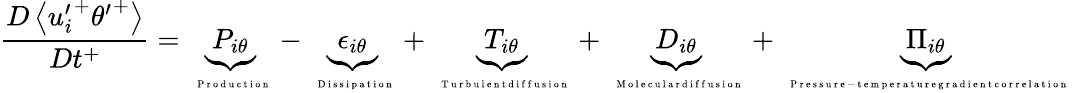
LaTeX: \frac{D\left<{u_{i}^{\prime}}^{+}{\theta^{\prime}}^{+}\right>}{Dt^{+}}=\underbrace{P_{i\theta}}_{\mathrm{~\tiny~{~P~r~o~d~u~c~t~i~o~n~}~}}-\underbrace{\epsilon_{i\theta}}_{\mathrm{~\tiny~{~D~i~s~s~i~p~a~t~i~o~n~}~}}+\underbrace{T_{i\theta}}_{\mathrm{~\tiny~{~T~u~r~b~u~l~e~n~t~d~i~f~f~u~s~i~o~n~}~}}+\underbrace{D_{i\theta}}_{\mathrm{~\tiny~{~M~o~l~e~c~u~l~a~r~d~i~f~f~u~s~i~o~n~}~}}+\underbrace{\Pi_{i\theta}}_{\mathrm{~\tiny~{~P~r~e~s~s~u~r~e~-~t~e~m~p~e~r~a~t~u~r~e~g~r~a~d~i~e~n~t~c~o~r~r~e~l~a~t~i~o~n~}~}}